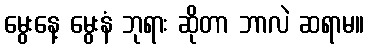
မွေးနေ့ မွေးနံ ဘုရား ဆိုတာ ဘာလဲ ဆရာမ။